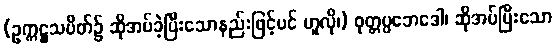
(ဥက္ကဋ္ဌသပိတ်၌ ဆိုအပ်ခဲ့ပြီးသောနည်းဖြင့်ပင် ဟူလို၊) ဝုတ္တပ္ပဘေဒေါ၊ ဆိုအပ်ပြီးသော